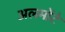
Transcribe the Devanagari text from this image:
अलमोंटे